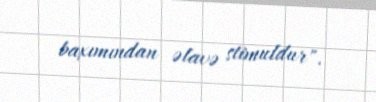
baxımından əlavə stimuldur".